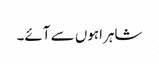
شاہراہوں سے آئے۔